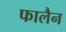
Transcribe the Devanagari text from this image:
फालैन